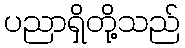
ပညာရှိတို့သည်